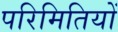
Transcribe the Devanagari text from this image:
परिमितियों